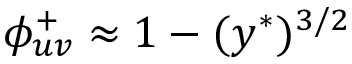
\phi _ { u v } ^ { + } \approx 1 - ( y ^ { \ast } ) ^ { 3 / 2 }